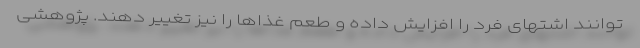
توانند اشتهای فرد را افزایش داده و طعم غذاها را نیز تغییر دهند. پژوهشی